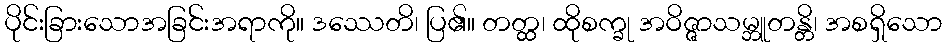
ပိုင်းခြားသောအခြင်းအရာကို။ ဒဿေတိ၊ ပြ၏။ တတ္ထ၊ ထိုစက္ခု အဝိဇ္ဇာသမ္ဘူတန္တိ၊ အစရှိသော